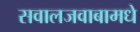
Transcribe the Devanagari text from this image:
सवालजवाबामधे